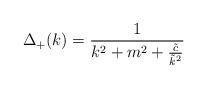
LaTeX: \begin{align*}\Delta_+(k) = \frac1{k^2 +m^2+\frac{\tilde c}{\tilde k^2}}\end{align*}